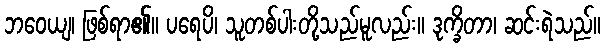
ဘဝေယျ၊ ဖြစ်ရာ၏။ ပရေပိ၊ သူတစ်ပါးတို့သည်မူလည်း။ ဒုက္ခိတာ၊ ဆင်းရဲသည်။